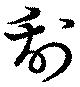
刮